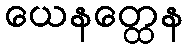
ယေနတ္ထေန